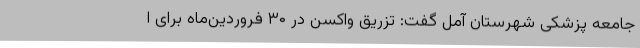
جامعه پزشکی شهرستان آمل گفت: تزریق واکسن در ۳۰ فروردین‌ماه برای ا